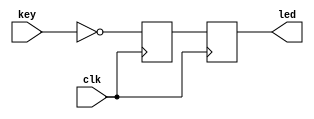
//////////////////////////////////////////////////////////////////////////////////
//  key test                                                                    //
//                                                                              //
//          msq@qq.com                                                          //
//          ALINX(shanghai) Technology Co.,Ltd                                  //
//          heijin                                                              //
//     WEB: http://www.alinx.cn/                                                //
//     BBS: http://www.heijin.org/                                              //
//                                                                              //
//////////////////////////////////////////////////////////////////////////////////
//                                                                              //
// Copyright (c) 2017,ALINX(shanghai) Technology Co.,Ltd                        //
//                    All rights reserved                                       //
//                                                                              //
// This source file may be used and distributed without restriction provided    //
// that this copyright statement is not removed from the file and that any      //
// derivative work contains the original copyright notice and the associated    //
// disclaimer.                                                                  //
//                                                                              //
//////////////////////////////////////////////////////////////////////////////////

//================================================================================
//  Revision History:
//  Date          By            Revision    Change Description
//--------------------------------------------------------------------------------
//  2017/7/19     meisq          1.0         Original
//*******************************************************************************/

`timescale 1ns / 1ps
module key_test
(
	input                 clk,       //system clock 50Mhz on board
	input [3:0]           key,       //input four key signal,when the keydown,the value is 0
	output[3:0]           led        //LED display ,when the siganl high,LED lighten
);

reg[3:0] led_r;           //define the first stage register , generate four D Flip-flop 
reg[3:0] led_r1;          //define the second stage register ,generate four D Flip-flop
always@(posedge clk)
begin
	led_r <= ~key;        //first stage latched data
end

always@(posedge clk)
begin
	led_r1 <= led_r;      //second stage latched data
end

assign led = led_r1;

endmodule